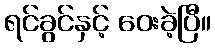
ရင်ခွင်နှင့် ဝေးခဲ့ပြီ။